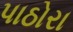
પાઠોરા